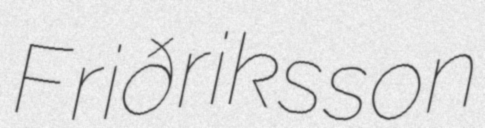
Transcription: Friðriksson